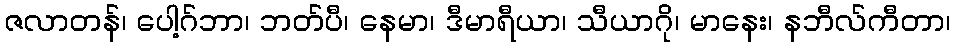
ဇလာတန်၊ ပေါ့ဂ်ဘာ၊ ဘတ်ပီ၊ နေမာ၊ ဒီမာရီယာ၊ သီယာဂို၊ မာနေး၊ နဘီလ်ကီတာ၊